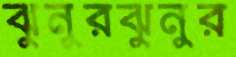
ঝুনুরঝুনুর